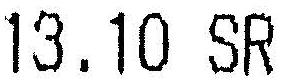
13.10 SR